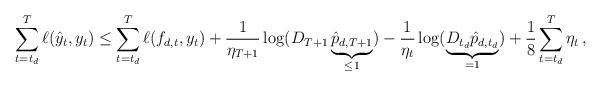
LaTeX: \begin{align*}\sum_{t=t_d}^T \ell(\hat y_t,y_t) \leq \sum_{t=t_d}^T \ell(f_{d,t},y_t) + \frac{1}{\eta_{T+1}}\log (D_{T+1} \underbrace{\hat p_{d,T+1}}_{\leq 1} ) - \frac{1}{\eta_t} \log ( \underbrace{D_{t_d} \hat p_{d,t_d}}_{= 1}) + \frac{1}{8} \sum_{t=t_d}^T \eta_t \,,\end{align*}